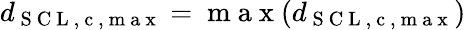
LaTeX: d_{\mathrm{~S~C~L~,~c~,~m~a~x~}}=\mathrm{~m~a~x~}(d_{\mathrm{~S~C~L~,~c~,~m~a~x~}})